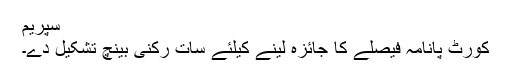
سپریم
کورٹ پانامہ فیصلے کا جائزہ لینے کیلئے سات رکنی بینچ تشکیل دے۔